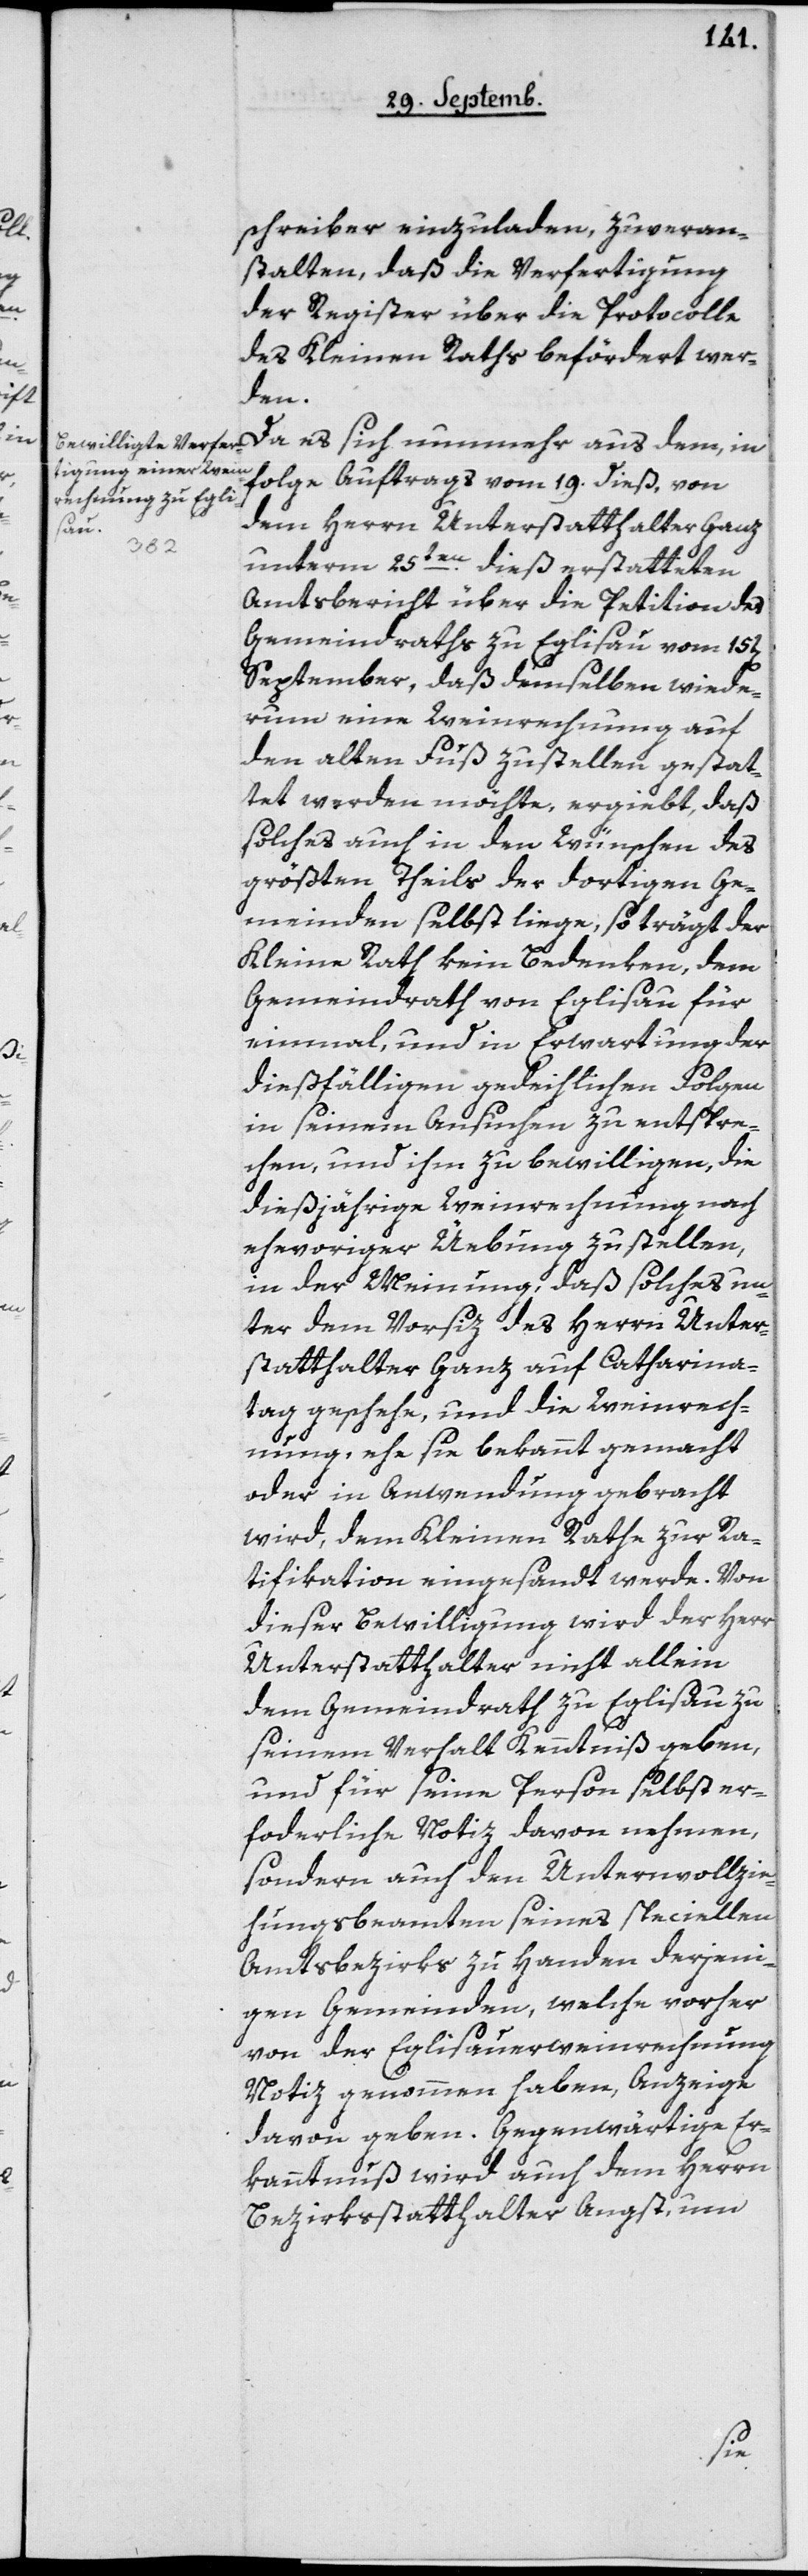
schreiber einzuladen, zu veran¬
stalten, daß die Verfertigung
der Register über die Protocolle
des Kleinen Raths befördert wer¬
den.
Da es sich nunmehr aus dem, in
Folge Auftrags vom 19. dieß, von
dem Herrn Unterstatthalter Ganz
unterm 25ten dieß erstatteten
Amtsbericht über die Petition des
Gemeindraths zu Eglisau vom 15ten
September, daß demselben wiede¬
rum eine Weinrechnung auf
den alten Fuß zustellen gestat¬
tet werden möchte, ergiebt, daß
solches auch in den Wünschen des
größten Theils der dortigen Ge¬
meinden selbst liege, so trägt der
Kleine Rath kein Bedenken, dem
Gemeindrath von Eglisau für
einmal, und in Erwartung der
dießfälligen gedeihlichen Folgen
in seinem Ansuchen zu entspre¬
chen, und ihm zu bewilligen, die
dießjährige Weinrechnung nach
ehevoriger Übung zu stellen,
in der Meinung, daß solches un¬
ter dem Vorsiz des Herrn Unter¬
statthalter Ganz auf Catharina¬
tag geschehe, und die Weinrech¬
nung, ehe sie bekannt gemacht
oder in Anwendung gebracht
wird, dem Kleinen Rathe zur Ra¬
tifikation eingesandt werde. Von
dieser Bewilligung wird der Herr
Unterstatthalter nicht allein
dem Gemeindrath zu Eglisau zu
seinem Verhalt Kenntniß geben,
und für seine Person selbst er¬
forderliche Notiz davon nehmen,
sondern auch den Untervollzie¬
hungsbeamten seines speciellen
Amtsbezirks zu Handen derjeni¬
gen Gemeinden, welche vorher
von der Eglisauerweinrechnung
Notiz genommen haben, Anzeige
davon geben. Gegenwärtige Er¬
kanntnußwird auch dem Herrn
Bezirksstatthalter Angst, um